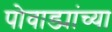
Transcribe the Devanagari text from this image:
पोवाड्यांच्या